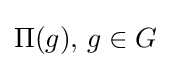
\Pi (g),\,g\in G